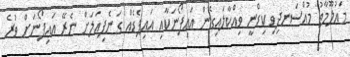
މައުލޫމާތު މުއްސަނދިވި ކިޑްނީ ވިއްކާލައިގެން އައިފޯނަކާއި އައިޕެޑެއް ގަނެފިއަލަށް ނެރޭ އައިފޯނަށް ވުރެ